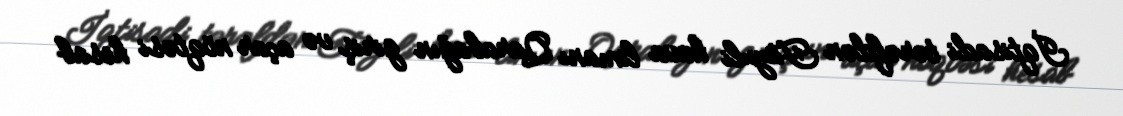
İqtisadi tərəfdən Füzuli hava limanı Qarabağın giriş və açar nöqtəsi hesab